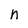
Character: n